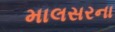
માલસરના